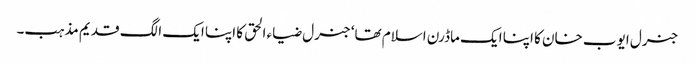
جنرل ایوب خان کا اپنا ایک ماڈرن اسلام تھا‘ جنرل ضیاء الحق کا اپنا ایک الگ قدیم مذہب۔